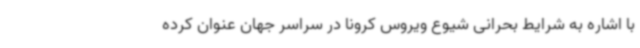
با اشاره به شرایط بحرانی شیوع ویروس کرونا در سراسر جهان عنوان کرده